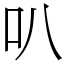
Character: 叭